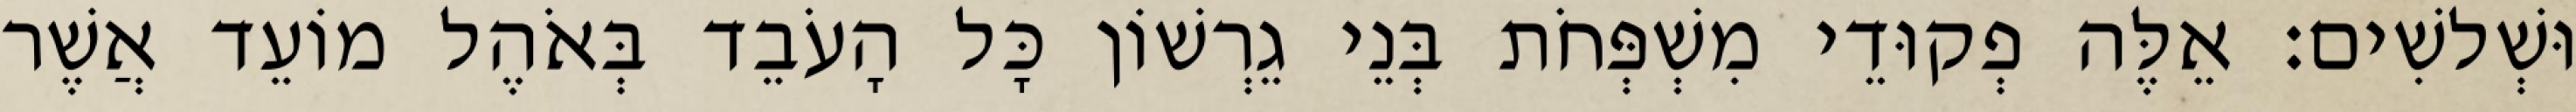
וּשְׁלשִׁים׃ אֵלֶּה פְקוּדֵי מִשְׁפְּחֹת בְּנֵי גֵרְשׁוֹן כָּל הָעֹבֵד בְּאֹהֶל מוֹעֵד אֲשֶׁר